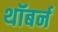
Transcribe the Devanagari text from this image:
थॉबर्न